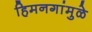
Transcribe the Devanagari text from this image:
हिमनगांमुळे